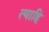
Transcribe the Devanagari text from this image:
त्याहि